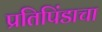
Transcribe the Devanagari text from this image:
प्रतिपिंडाचा